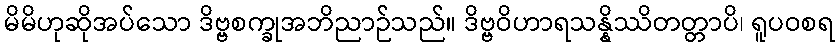
မိမိဟုဆိုအပ်သော ဒိဗ္ဗစက္ခုအဘိညာဉ်သည်။ ဒိဗ္ဗဝိဟာရသန္နိဿိတတ္တာပိ၊ ရူပဝစရ